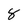
Character: 8